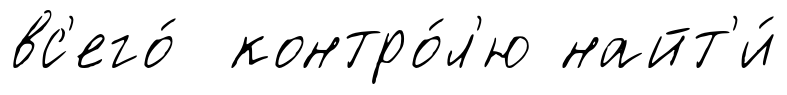
вс'его́ контро́л'ю найт'и́